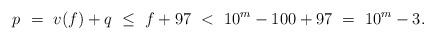
LaTeX: \begin{align*} p \ =\ v(f) + q \ \le \ f+97\ <\ 10^m-100 + 97\ =\ 10^m-3.\end{align*}